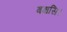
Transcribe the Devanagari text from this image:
बक्षसि।